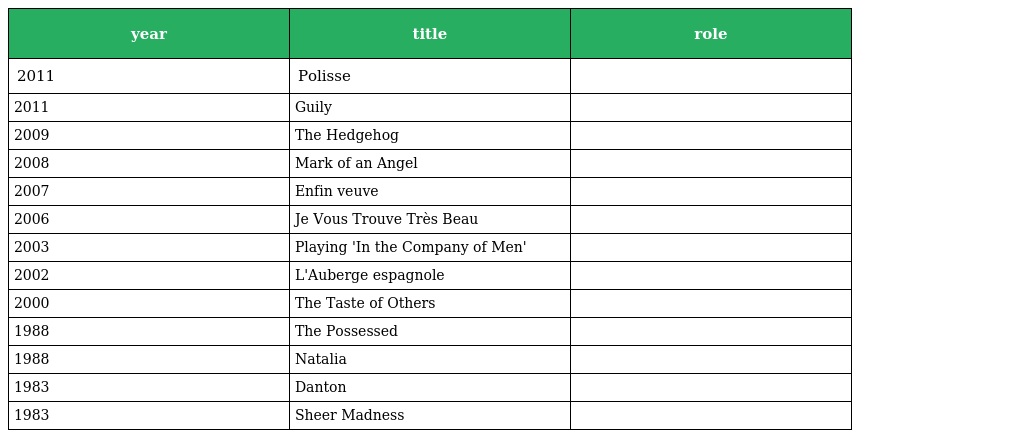
| year | title | role |
 | --- | --- | --- |
 | 2011 | Polisse |  |
 | 2011 | Guily |  |
 | 2009 | The Hedgehog |  |
 | 2008 | Mark of an Angel |  |
 | 2007 | Enfin veuve |  |
 | 2006 | Je Vous Trouve Très Beau |  |
 | 2003 | Playing 'In the Company of Men' |  |
 | 2002 | L'Auberge espagnole |  |
 | 2000 | The Taste of Others |  |
 | 1988 | The Possessed |  |
 | 1988 | Natalia |  |
 | 1983 | Danton |  |
 | 1983 | Sheer Madness |  |